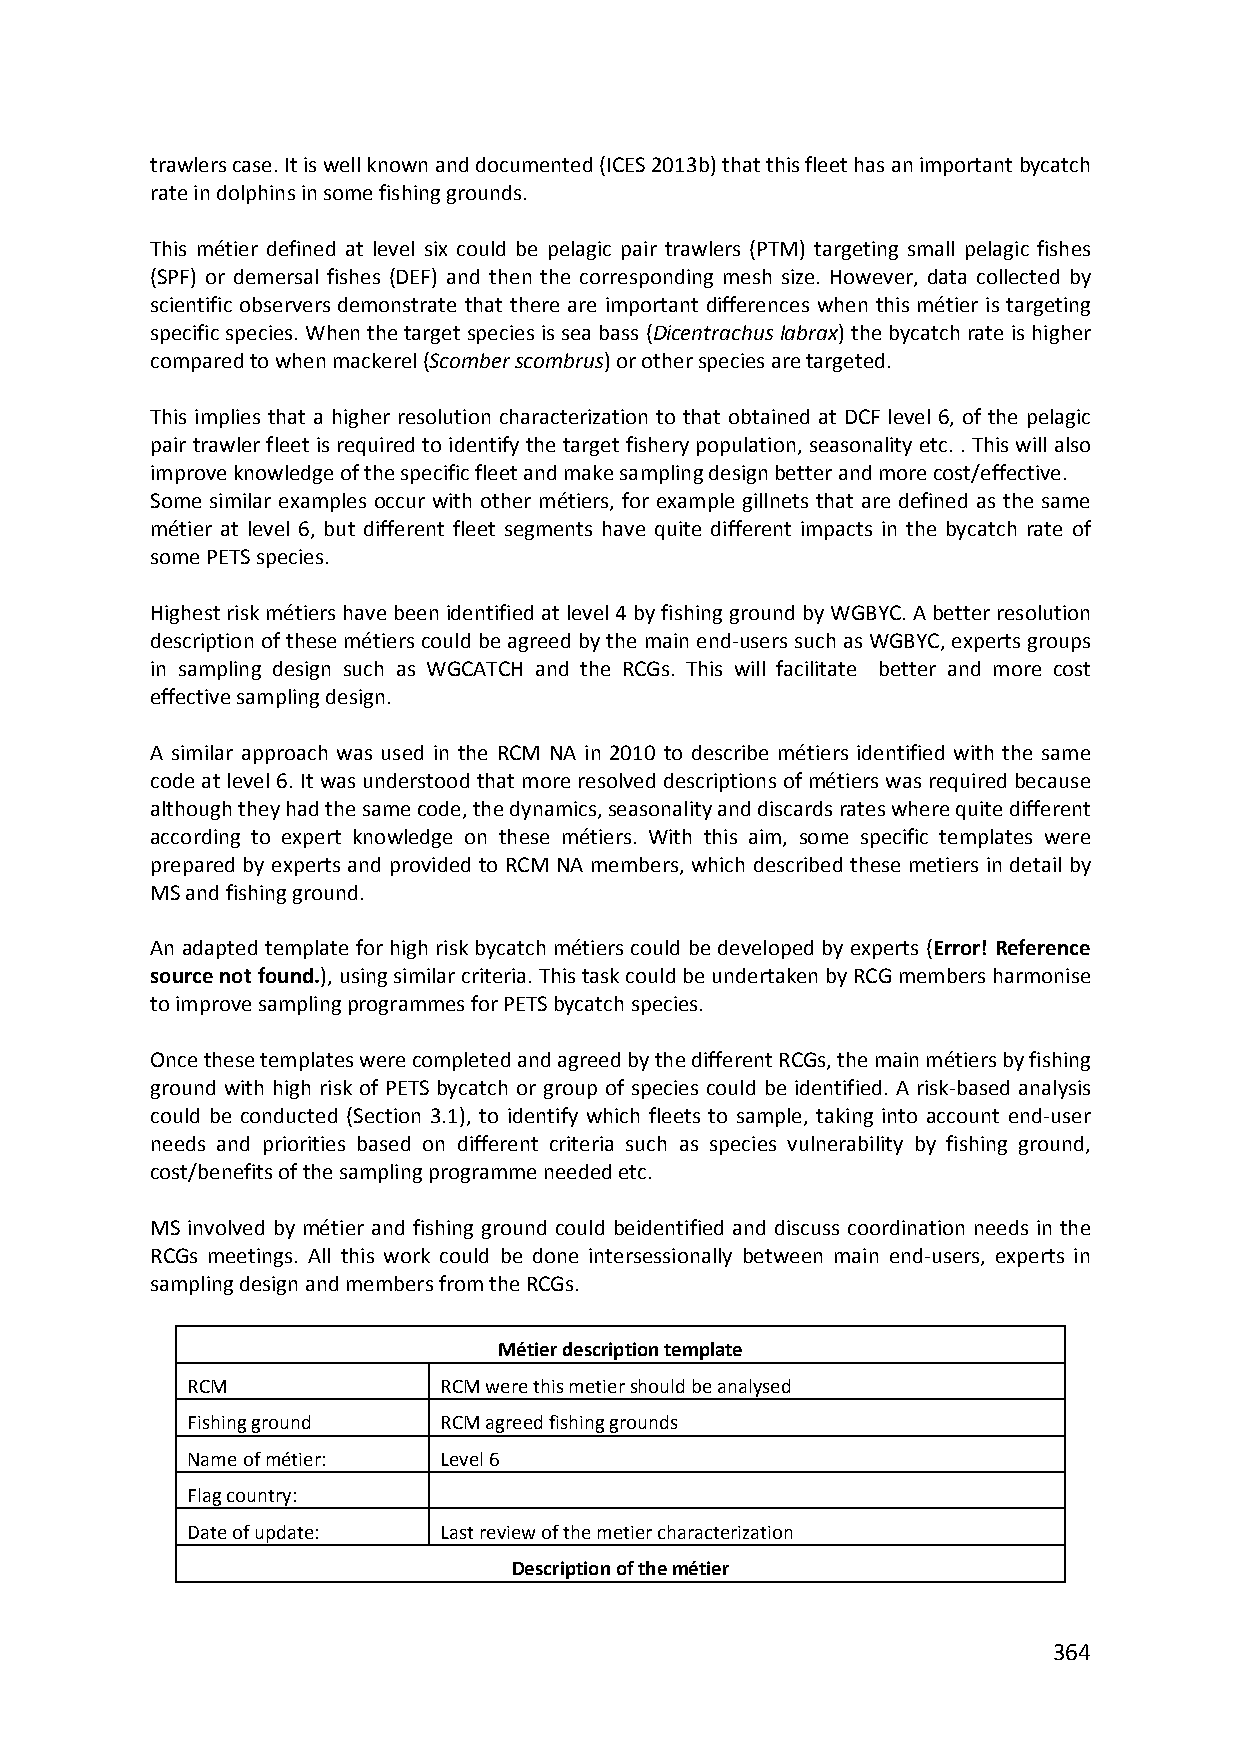
trawlers case. It is well known and documented (ICES 2013b) that this fleet has an important bycatch
 rate in dolphins in some fishing grounds.
 This métier defined at level six could be pelagic pair trawlers (PTM) targeting small pelagic fishes
 (SPF) or demersal fishes (DEF) and then the corresponding mesh size. However, data collected by
 scientific observers demonstrate that there are important differences when this métier is targeting
 specific species. When the target species is sea bass (Dicentrachus labrax) the bycatch rate is higher
 compared to when mackerel (Scomber scombrus) or other species are targeted.
 This implies that a higher resolution characterization to that obtained at DCF level 6, of the pelagic
 pair trawler fleet is required to identify the target fishery population, seasonality etc. . This will also
 improve knowledge of the specific fleet and make sampling design better and more cost/effective.
 Some similar examples occur with other métiers, for example gillnets that are defined as the same
 métier at level 6, but different fleet segments have quite different impacts in the bycatch rate of
 some PETS species.
 Highest risk métiers have been identified at level 4 by fishing ground by WGBYC. A better resolution
 description of these métiers could be agreed by the main end‐users such as WGBYC, experts groups
 in sampling design such as WGCATCH and the RCGs. This will facilitate better and more cost
 effective sampling design.
 A similar approach was used in the RCM NA in 2010 to describe métiers identified with the same
 code at level 6. It was understood that more resolved descriptions of métiers was required because
 although they had the same code, the dynamics, seasonality and discards rates where quite different
 according to expert knowledge on these métiers. With this aim, some specific templates were
 prepared by experts and provided to RCM NA members, which described these metiers in detail by
 MS and fishing ground.
 An adapted template for high risk bycatch métiers could be developed by experts (Error! Reference
 source not found.), using similar criteria. This task could be undertaken by RCG members harmonise
 to improve sampling programmes for PETS bycatch species.
 Once these templates were completed and agreed by the different RCGs, the main métiers by fishing
 ground with high risk of PETS bycatch or group of species could be identified. A risk‐based analysis
 could be conducted (Section 3.1), to identify which fleets to sample, taking into account end‐user
 needs and priorities based on different criteria such as species vulnerability by fishing ground,
 cost/benefits of the sampling programme needed etc.
 MS involved by métier and fishing ground could beidentified and discuss coordination needs in the
 RCGs meetings. All this work could be done intersessionally between main end‐users, experts in
 sampling design and members from the RCGs.
 Métier description template
 RCM              RCM were this metier should be analysed
 Fishing ground   RCM agreed fishing grounds
 Name of métier:  Level 6
 Flag country:
 Date of update:  Last review of the metier characterization
 Description of the métier
 364